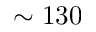
\sim 1 3 0